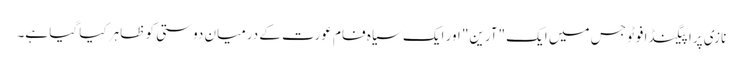
نازی پراپیگنڈا فوٹو جس میں ایک "آرین" اور ایک سیاہ فام عورت کے درمیان دوستی کو ظاہر کیا گیا ہے۔